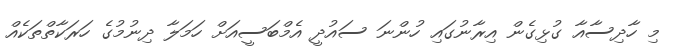
މި ހާދިސާއާ ގުޅިގެން އިރާނުގައި ހުންނަ ސައުދީ އެމްބަސީއަށް ހަމަލާ ދިނުމުގެ ހަރަކާތްތަކެއް